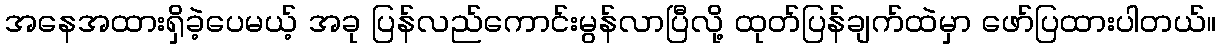
အနေအထားရှိခဲ့ပေမယ့် အခု ပြန်လည်ကောင်းမွန်လာပြီလို့ ထုတ်ပြန်ချက်ထဲမှာ ဖော်ပြထားပါတယ်။